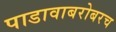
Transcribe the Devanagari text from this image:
पाडावाबरोबरच